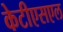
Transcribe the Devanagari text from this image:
केटीएसएल